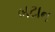
બટાન